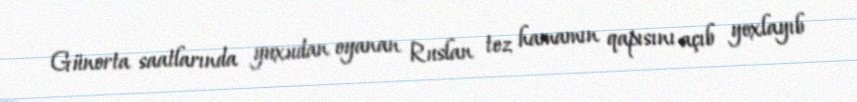
Günorta saatlarında yuxudan oyanan Ruslan tez hamamın qapısını açıb yoxlayıb